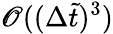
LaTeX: \mathscr{O}((\Delta\tilde{t})^{3})